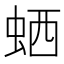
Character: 𬠂